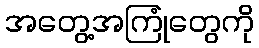
အတွေ့အကြုံတွေကို